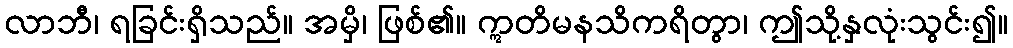
လာဘီ၊ ရခြင်းရှိသည်။ အမှိ၊ ဖြစ်၏။ ဣတိမနသိကရိတွာ၊ ဤသို့နှလုံးသွင်း၍။